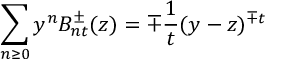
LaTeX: \sum _ { n \geq 0 } y ^ { n } B _ { n t } ^ { \pm } ( z ) = \mp { \frac { 1 } { t } } ( y - z ) ^ { \mp t }